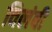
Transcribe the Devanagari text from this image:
विलंबी